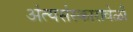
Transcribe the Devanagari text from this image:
अंत्यसंस्कारावेळी